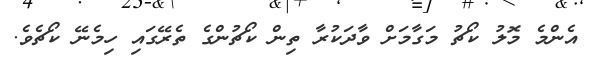
އެންމެ މޮލު ކޯޗު މަގާމަށް ވާދަކުރާ ތިން ކޯޗުންގެ ތެރޭގައި ހިމެނޭ ކޯޗެވެ.